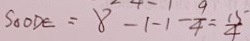
S _ { \Delta } O D E = 8 - 1 - 1 - \frac { 9 } { 4 } = \frac { 1 5 } { 4 }